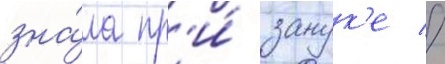
зна́ла пр'и́ занук'е //